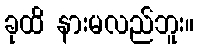
ခုထိ နားမလည်ဘူး။